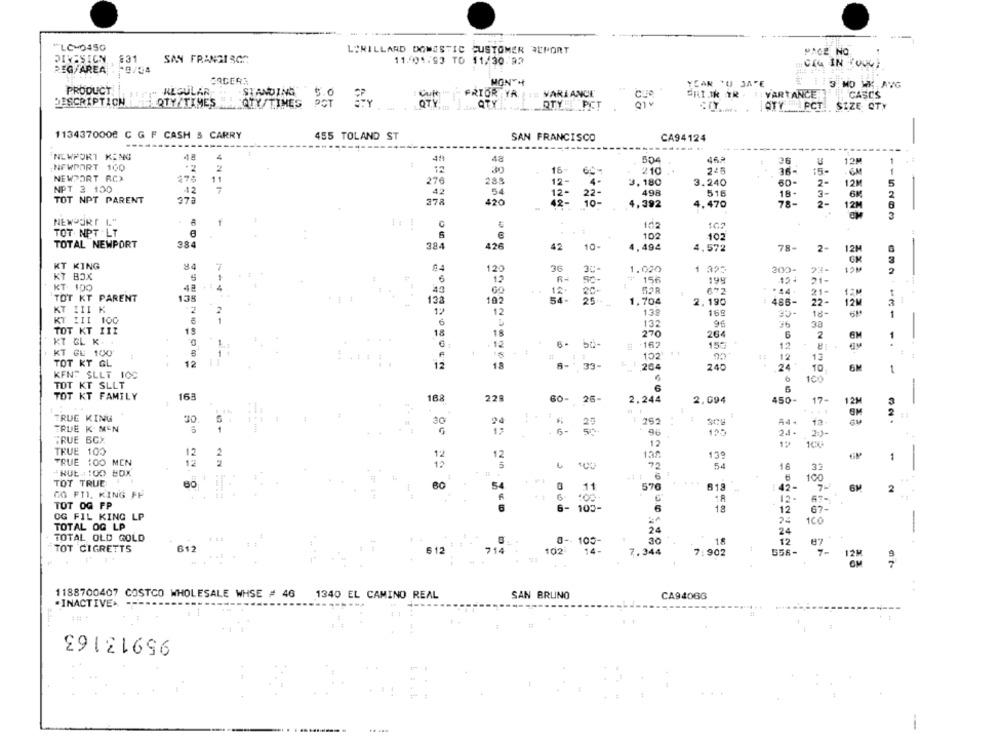
LC-0450
LORILLARD DOMESTIC CUSTOMER REPORT
PACE NO
PIKESIGN
831
SAN FRANSISCO
11.001.93 TO 11/30:92
CI4 IN :000;
REG/AREA . 8/04
MONY++
PRODUCT
YEAR TU JATE
3 MO WK AVG
" REGULAR
STANDING
5.0
PRIOR YA.
VARIANCE
SRI.IK IR . T: VARTANCE:
CASES
DESCRIPTION
QTYZTIMES
ATY/TIMES POT
POT
OTY
QTY PICT
QTY PCT. SIZE QTY
1134370000 C G F CASH & CARRY
455 TOLAND ST
SAN FRANCISCO
CA94124
-
-----
.....
NEWPORT KING
4
41
48
504
46.2
36
12M
NEWPORT 100
2
2
12
30
16-
210
245
36-
1
NEWPORT RCX
473
11
276
288
12-
4.
3.180
3.240
60-
12 M
5
NPT 3 100
12
7
42
54
498
516
18-
3-
TOT NPT PARENT
373
378
420
42-
4,392
4.470
78-
2-
12M
NEWPORT L"
1
102
TOT NPT LT
102
102
TOTAL NEWPORT
384
10-
384
426
42
4,494
4.572
78-
2
12M
KT KING
36
3C-
1.020
12M
120
1 325
200-
KT BOX
6
15
SO-
156
194
15+
21-
KT. 100
4a
60
12.
20.
FOR
21-
12M
TOT KT PARENT
138
133
102
54-
25 .-
1,704
2,190
486-
22-
12M
7
KT III K
2
12
12
169
30-
18-
1
KT III 100
6
132
33
TOT KT III
19
18
18
270
264
KT GL K.
2
1
1.
12
12
KT GU 100
1
102'
12
13
1
TOT KT GL
12
18
12
33-
F 204
240
24
10
1
KENT SLLT 100
100
TOT KT SLLT
6
TOT KT FAMILY
163
188
228
60-
26-
2.244
2,094
450-
17-
12M
2
TRUE KING
30
30
24
308
13.
TRUE K. MEN
1
G
12
+ 15-
96
123
. 2)-
"RUE BCX
12
12
TRUE 100
12
2
12
12
138
139
1
TRUE 100 MEN
12
12
72
54
1.6
32
.NUL: : 00 BOX
-1
TOT TRUE
....
6
100
80
54
0
11
576
618
:42-
2
00 FTL. KING PP
R
18
TOT OG FP
6
6-
100
18
12
67-
OG FIL KING LP
24
100
-
TOTAL OG LP
24
24
TOTAL OLD GOLD
0 -- 105-
12
87
TOT CIGRETTS
612
612
21
102
14-
.18
7.34
7.902
556-
7-
1188700407 COSTCO WHOLESALE WHSE # 46 1340 EL CAMINO REAL
---
SAN BRUNO
CA94066
. INACTIVE. ---
95913163